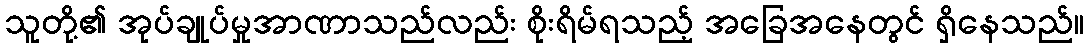
သူတို့၏ အုပ်ချုပ်မှုအာဏာသည်လည်း စိုးရိမ်ရသည့် အခြေအနေတွင် ရှိနေသည်။